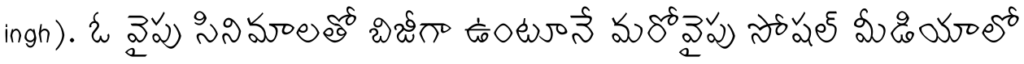
ingh). ఓ వైపు సినిమాలతో బిజీగా ఉంటూనే మరోవైపు సోషల్ మీడియాలో